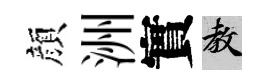
顔洲實教